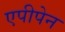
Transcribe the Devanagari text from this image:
एपीपेन